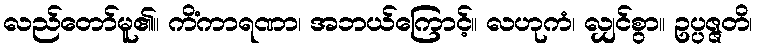
လည်တော်မူ၏။ ကိံကာရဏာ၊ အဘယ်ကြောင့်။ လဟုကံ၊ လျှင်စွာ။ ဥပ္ပဇ္ဇတိ၊